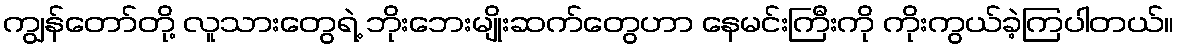
ကျွန်တော်တို့ လူသားတွေရဲ့ ဘိုးဘေးမျိုးဆက်တွေဟာ နေမင်းကြီးကို ကိုးကွယ်ခဲ့ကြပါတယ်။